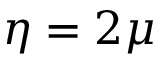
\eta = 2 \mu